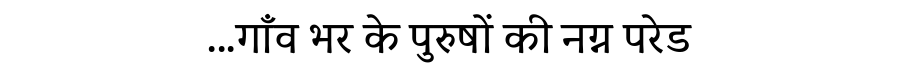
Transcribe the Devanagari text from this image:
...गाँव भर के पुरुषों की नग्न परेड